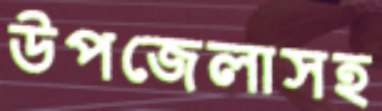
উপজেলাসহ